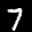
Label: 7